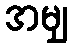
အမျှ